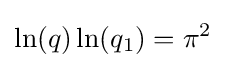
\ln(q)\ln(q_{1})=\pi ^{2}